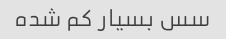
سس بسیار کم شده